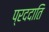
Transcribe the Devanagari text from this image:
प्रददाति